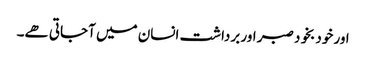
اور خود بخود صبر اور برداشت انسان میں آجاتی ھے۔